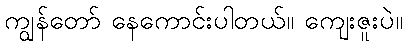
ကျွန်တော် နေကောင်းပါတယ်။ ကျေးဇူးပဲ။